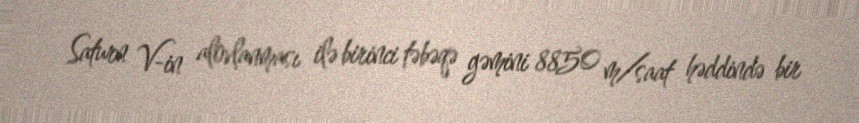
Saturn V-in alovlanması ilə birinci təbəqə gəmini 8850 m/saat həddində bir